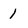
Character: 1